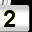
Digit: 2